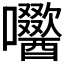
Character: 𭌼